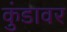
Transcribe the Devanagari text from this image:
कुंडावर